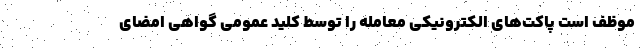
موظف است پاکت‌های الکترونیکی معامله را توسط کلید عمومی گواهی امضای